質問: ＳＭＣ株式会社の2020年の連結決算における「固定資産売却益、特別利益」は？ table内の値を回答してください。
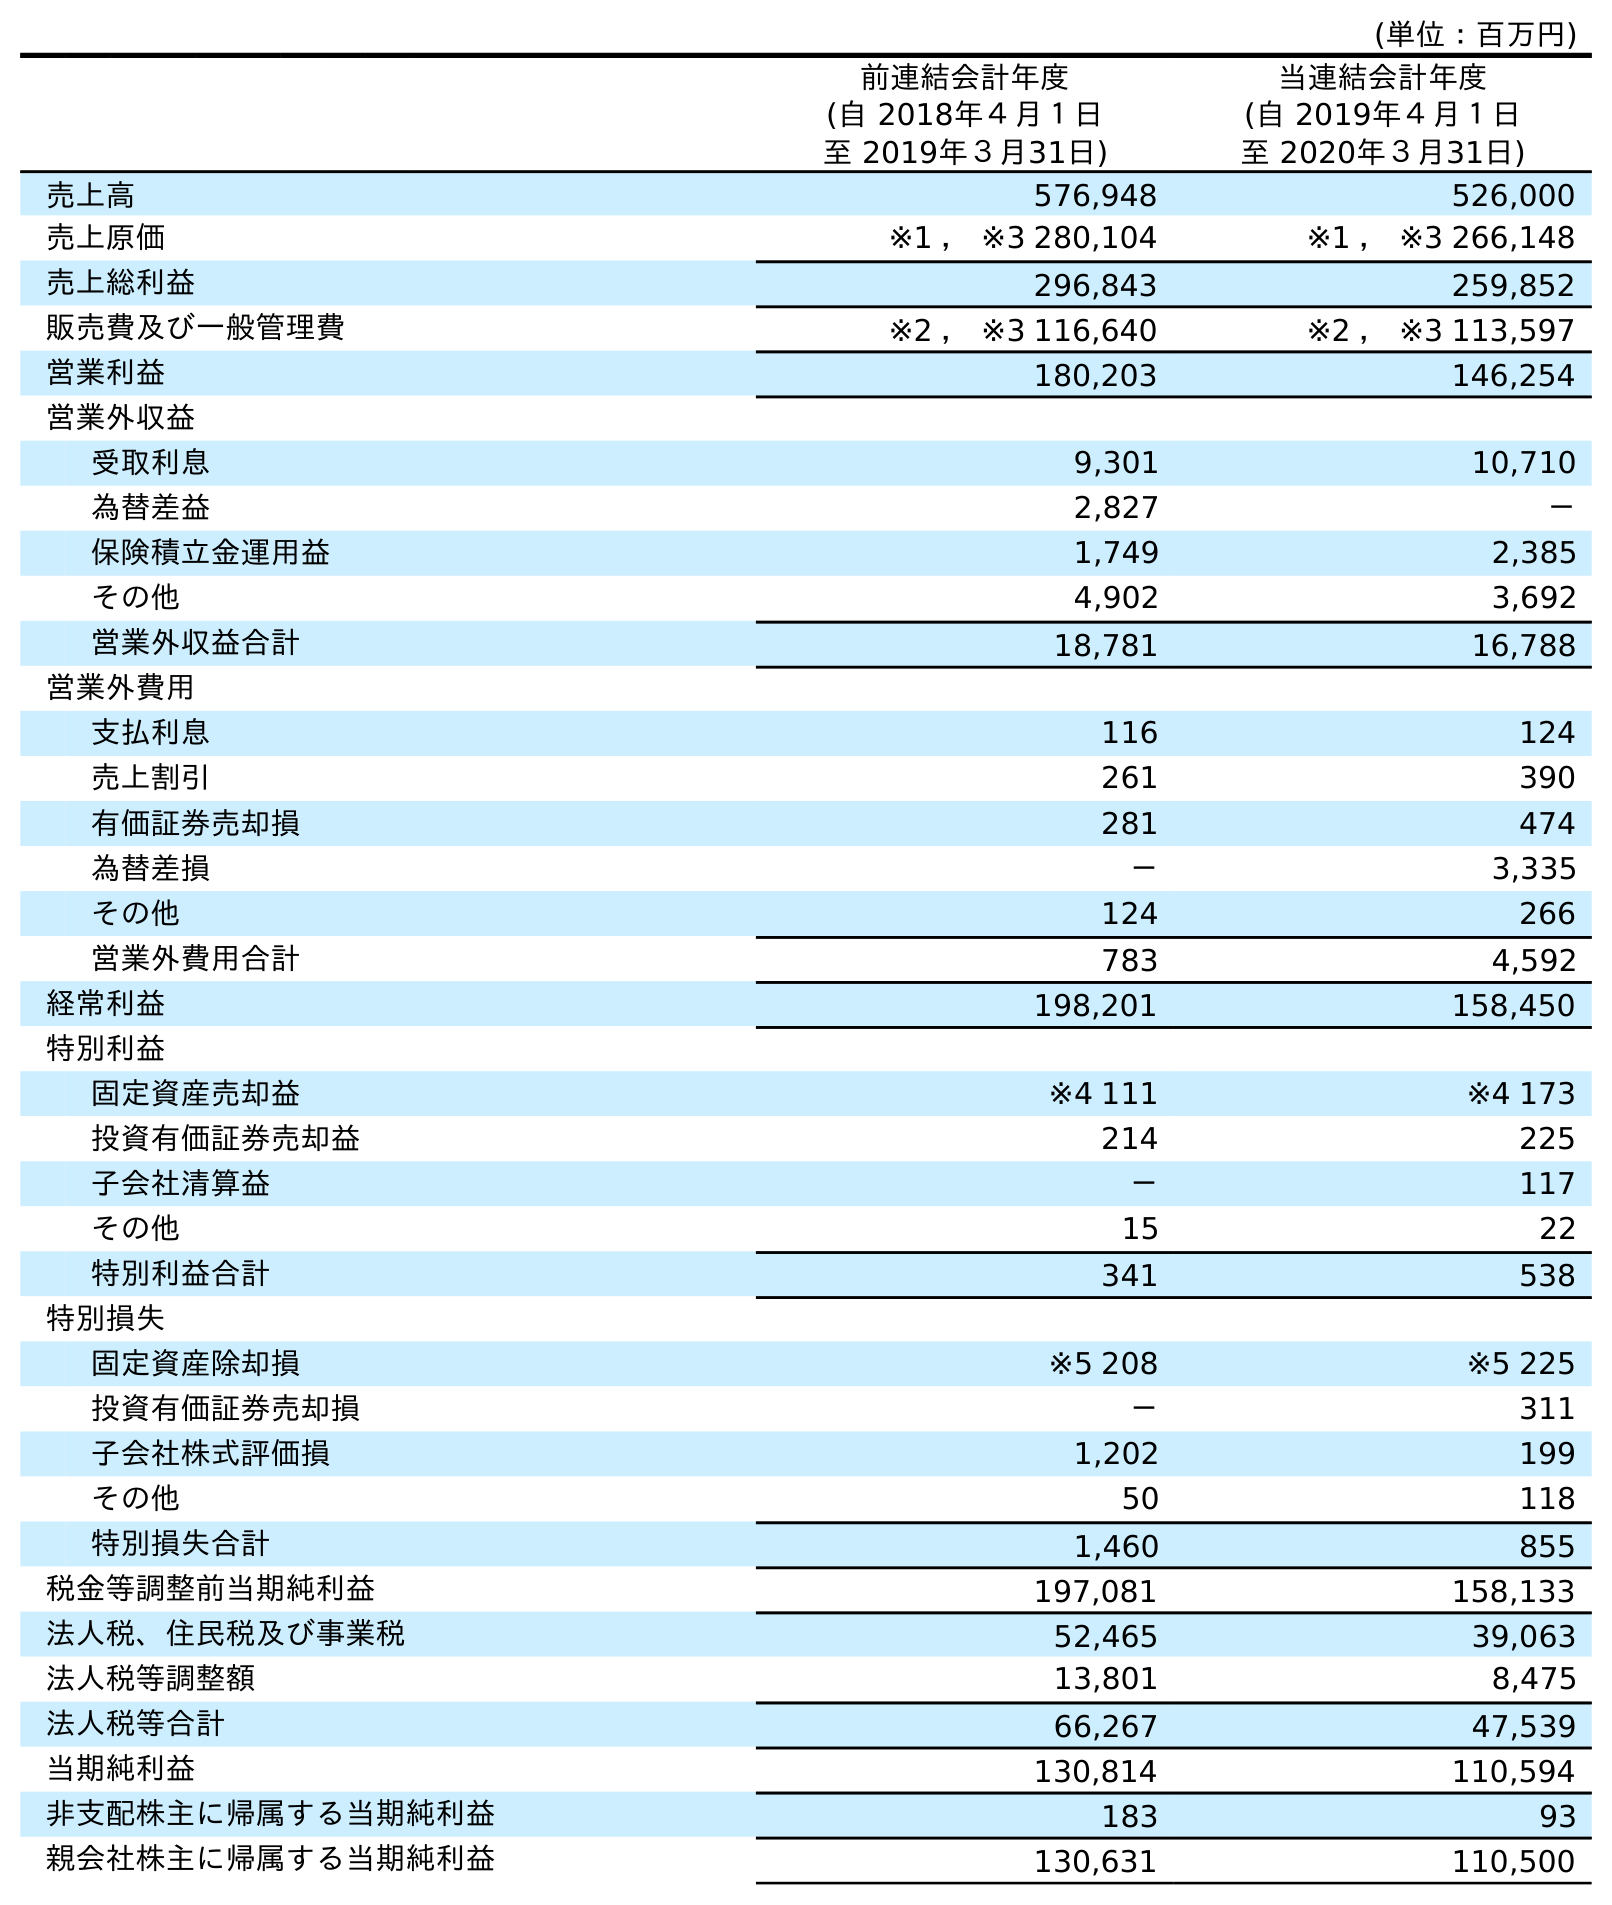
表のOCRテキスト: (単位：百万円) 前連結会計年度 (自 2018年４月１日 至 2019年３月31日) 当連結会計年度 (自 2019年４月１日 至 2020年３月31日) 売上高 576,948 526,000 売上原価 ※1 ， ※3 280,104 ※1 ， ※3 266,148 売上総利益 296,843 259,852 販売費及び一般管理費 ※2 ， ※3 116,640 ※2 ， ※3 113,597 営業利益 180,203 146,254 営業外収益 受取利息 9,301 10,710 為替差益 2,827 － 保険積立金運用益 1,749 2,385 その他 4,902 3,692 営業外収益合計 18,781 16,788 営業外費用 支払利息 116 124 売上割引 261 390 有価証券売却損 281 474 為替差損 － 3,335 その他 124 266 営業外費用合計 783 4,592 経常利益 198,201 158,450 特別利益 固定資産売却益 ※4 111 ※4 173 投資有価証券売却益 214 225 子会社清算益 － 117 その他 15 22 特別利益合計 341 538 特別損失 固定資産除却損 ※5 208 ※5 225 投資有価証券売却損 － 311 子会社株式評価損 1,202 199 その他 50 118 特別損失合計 1,460 855 税金等調整前当期純利益 197,081 158,133 法人税、住民税及び事業税 52,465 39,063 法人税等調整額 13,801 8,475 法人税等合計 66,267 47,539 当期純利益 130,814 110,594 非支配株主に帰属する当期純利益 183 93 親会社株主に帰属する当期純利益 130,631 110,500
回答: ※4173